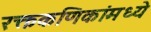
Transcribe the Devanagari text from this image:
रक्तकणिकांमध्ये